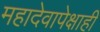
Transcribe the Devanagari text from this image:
महादेवापेक्षाही